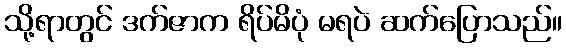
သို့ရာတွင် ဒက်ဇာက ရိပ်မိပုံ မရပဲ ဆက်ပြောသည်။